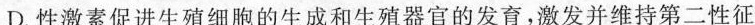
D.性激素促进生殖细胞的生成和生殖器官的发育，激发并维持第二性征